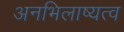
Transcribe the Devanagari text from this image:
अनभिलाष्यत्व